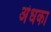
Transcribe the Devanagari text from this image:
अंधका